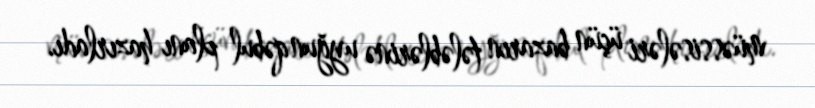
müəssisələri üçün bazarın tələblərinə uyğun qəbul planı hazırladı.